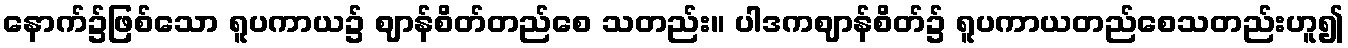
နောက်၌ဖြစ်သော ရူပကာယ၌ ဈာန်စိတ်တည်စေ သတည်း။ ပါဒကဈာန်စိတ်၌ ရူပကာယတည်စေသတည်းဟူ၍